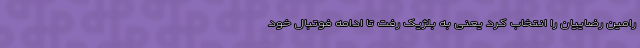
رامین رضاییان را انتخاب کرد یعنی به بلژیک رفت تا ادامه فوتبال خود